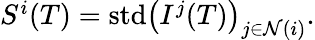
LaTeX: \begin{array}{r}{S^{i}(T)=\textrm{std}\big(I^{j}(T)\big)_{j\in\mathcal N(i)}.}\end{array}